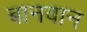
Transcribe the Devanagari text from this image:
बानवान